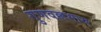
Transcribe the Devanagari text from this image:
गुणवल्लभाय